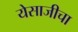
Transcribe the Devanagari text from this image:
येसाजीचा